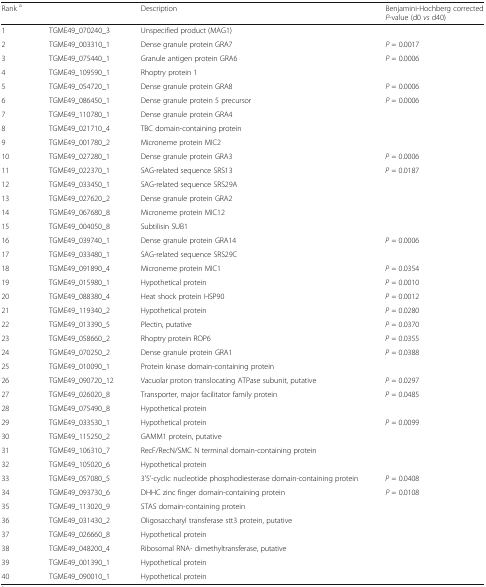
<table><thead><tr><td><b>Rank <sup>a</sup></b></td><td>[EMPTY_CELL]</td><td><b>Description</b></td><td><b>Benjamini-Hochberg corrected <i>P</i>-value (d0 <i>vs</i> d40)</b></td></tr></thead><tbody><tr><td>1</td><td>TGME49_070240_3</td><td>Unspecified product (MAG1)</td><td>[EMPTY_CELL]</td></tr><tr><td>2</td><td>TGME49_003310_1</td><td>Dense granule protein GRA7</td><td><i>P</i> = 0.0017</td></tr><tr><td>3</td><td>TGME49_075440_1</td><td>Granule antigen protein GRA6</td><td><i>P</i> = 0.0006</td></tr><tr><td>4</td><td>TGME49_109590_1</td><td>Rhoptry protein 1</td><td>[EMPTY_CELL]</td></tr><tr><td>5</td><td>TGME49_054720_1</td><td>Dense granule protein GRA8</td><td><i>P</i> = 0.0006</td></tr><tr><td>6</td><td>TGME49_086450_1</td><td>Dense granule protein 5 precursor</td><td><i>P</i> = 0.0006</td></tr><tr><td>7</td><td>TGME49_110780_1</td><td>Dense granule protein GRA4</td><td>[EMPTY_CELL]</td></tr><tr><td>8</td><td>TGME49_021710_4</td><td>TBC domain-containing protein</td><td>[EMPTY_CELL]</td></tr><tr><td>9</td><td>TGME49_001780_2</td><td>Microneme protein MIC2</td><td>[EMPTY_CELL]</td></tr><tr><td>10</td><td>TGME49_027280_1</td><td>Dense granule protein GRA3</td><td><i>P</i> = 0.0006</td></tr><tr><td>11</td><td>TGME49_022370_1</td><td>SAG-related sequence SRS13</td><td><i>P</i> = 0.0187</td></tr><tr><td>12</td><td>TGME49_033450_1</td><td>SAG-related sequence SRS29A</td><td>[EMPTY_CELL]</td></tr><tr><td>13</td><td>TGME49_027620_2</td><td>Dense granule protein GRA2</td><td>[EMPTY_CELL]</td></tr><tr><td>14</td><td>TGME49_067680_8</td><td>Microneme protein MIC12</td><td>[EMPTY_CELL]</td></tr><tr><td>15</td><td>TGME49_004050_8</td><td>Subtilisin SUB1</td><td>[EMPTY_CELL]</td></tr><tr><td>16</td><td>TGME49_039740_1</td><td>Dense granule protein GRA14</td><td><i>P</i> = 0.0006</td></tr><tr><td>17</td><td>TGME49_033480_1</td><td>SAG-related sequence SRS29C</td><td>[EMPTY_CELL]</td></tr><tr><td>18</td><td>TGME49_091890_4</td><td>Microneme protein MIC1</td><td><i>P</i> = 0.0354</td></tr><tr><td>19</td><td>TGME49_015980_1</td><td>Hypothetical protein</td><td><i>P</i> = 0.0010</td></tr><tr><td>20</td><td>TGME49_088380_4</td><td>Heat shock protein HSP90</td><td><i>P</i> = 0.0012</td></tr><tr><td>21</td><td>TGME49_119340_2</td><td>Hypothetical protein</td><td><i>P</i> = 0.0280</td></tr><tr><td>22</td><td>TGME49_013390_5</td><td>Plectin, putative</td><td><i>P</i> = 0.0370</td></tr><tr><td>23</td><td>TGME49_058660_2</td><td>Rhoptry protein ROP6</td><td><i>P</i> = 0.0355</td></tr><tr><td>24</td><td>TGME49_070250_2</td><td>Dense granule protein GRA1</td><td><i>P</i> = 0.0388</td></tr><tr><td>25</td><td>TGME49_010090_1</td><td>Protein kinase domain-containing protein</td><td>[EMPTY_CELL]</td></tr><tr><td>26</td><td>TGME49_090720_12</td><td>Vacuolar proton translocating ATPase subunit, putative</td><td><i>P</i> = 0.0297</td></tr><tr><td>27</td><td>TGME49_026020_8</td><td>Transporter, major facilitator family protein</td><td><i>P</i> = 0.0485</td></tr><tr><td>28</td><td>TGME49_075490_8</td><td>Hypothetical protein</td><td>[EMPTY_CELL]</td></tr><tr><td>29</td><td>TGME49_033530_1</td><td>Hypothetical protein</td><td><i>P</i> = 0.0099</td></tr><tr><td>30</td><td>TGME49_115250_2</td><td>GAMM1 protein, putative</td><td>[EMPTY_CELL]</td></tr><tr><td>31</td><td>TGME49_106310_7</td><td>RecF/RecN/SMC N terminal domain-containing protein</td><td>[EMPTY_CELL]</td></tr><tr><td>32</td><td>TGME49_105020_6</td><td>Hypothetical protein</td><td>[EMPTY_CELL]</td></tr><tr><td>33</td><td>TGME49_057080_5</td><td>3'5'-cyclic nucleotide phosphodiesterase domain-containing protein</td><td><i>P</i> = 0.0408</td></tr><tr><td>34</td><td>TGME49_093730_6</td><td>DHHC zinc finger domain-containing protein</td><td><i>P</i> = 0.0108</td></tr><tr><td>35</td><td>TGME49_113020_9</td><td>STAS domain-containing protein</td><td>[EMPTY_CELL]</td></tr><tr><td>36</td><td>TGME49_031430_2</td><td>Oligosaccharyl transferase stt3 protein, putative</td><td>[EMPTY_CELL]</td></tr><tr><td>37</td><td>TGME49_026660_8</td><td>Hypothetical protein</td><td>[EMPTY_CELL]</td></tr><tr><td>38</td><td>TGME49_048200_4</td><td>Ribosomal RNA- dimethyltransferase, putative</td><td>[EMPTY_CELL]</td></tr><tr><td>39</td><td>TGME49_001390_1</td><td>Hypothetical protein</td><td>[EMPTY_CELL]</td></tr><tr><td>40</td><td>TGME49_090010_1</td><td>Hypothetical protein</td><td>[EMPTY_CELL]</td></tr></tbody></table>